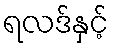
ရလဒ်နှင့်